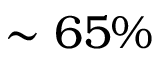
\sim 6 5 \%